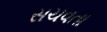
સચવતા